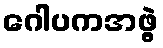
ဂေါပကအဖွဲ့